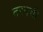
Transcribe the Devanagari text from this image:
तरनची